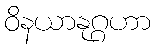
ဝိနယာနုဂ္ဂဟာ